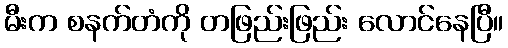
မီးက စနက်တံကို တဖြည်းဖြည်း လောင်နေပြီ။